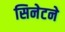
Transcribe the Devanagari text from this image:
सिनेटने